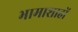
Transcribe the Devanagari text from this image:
भामाशाहों